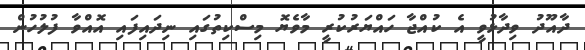
ދާއޫދު ވިދާޅުވީ އެ ކުއްޖާ ހައްޔަރުކުރީ މާވެޔޮ މިސްކިތުގައި ނިދައިފައި އޮއްވާ ފުލުހުން